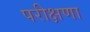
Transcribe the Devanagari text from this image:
परीक्षणा